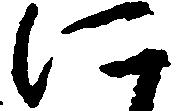
に